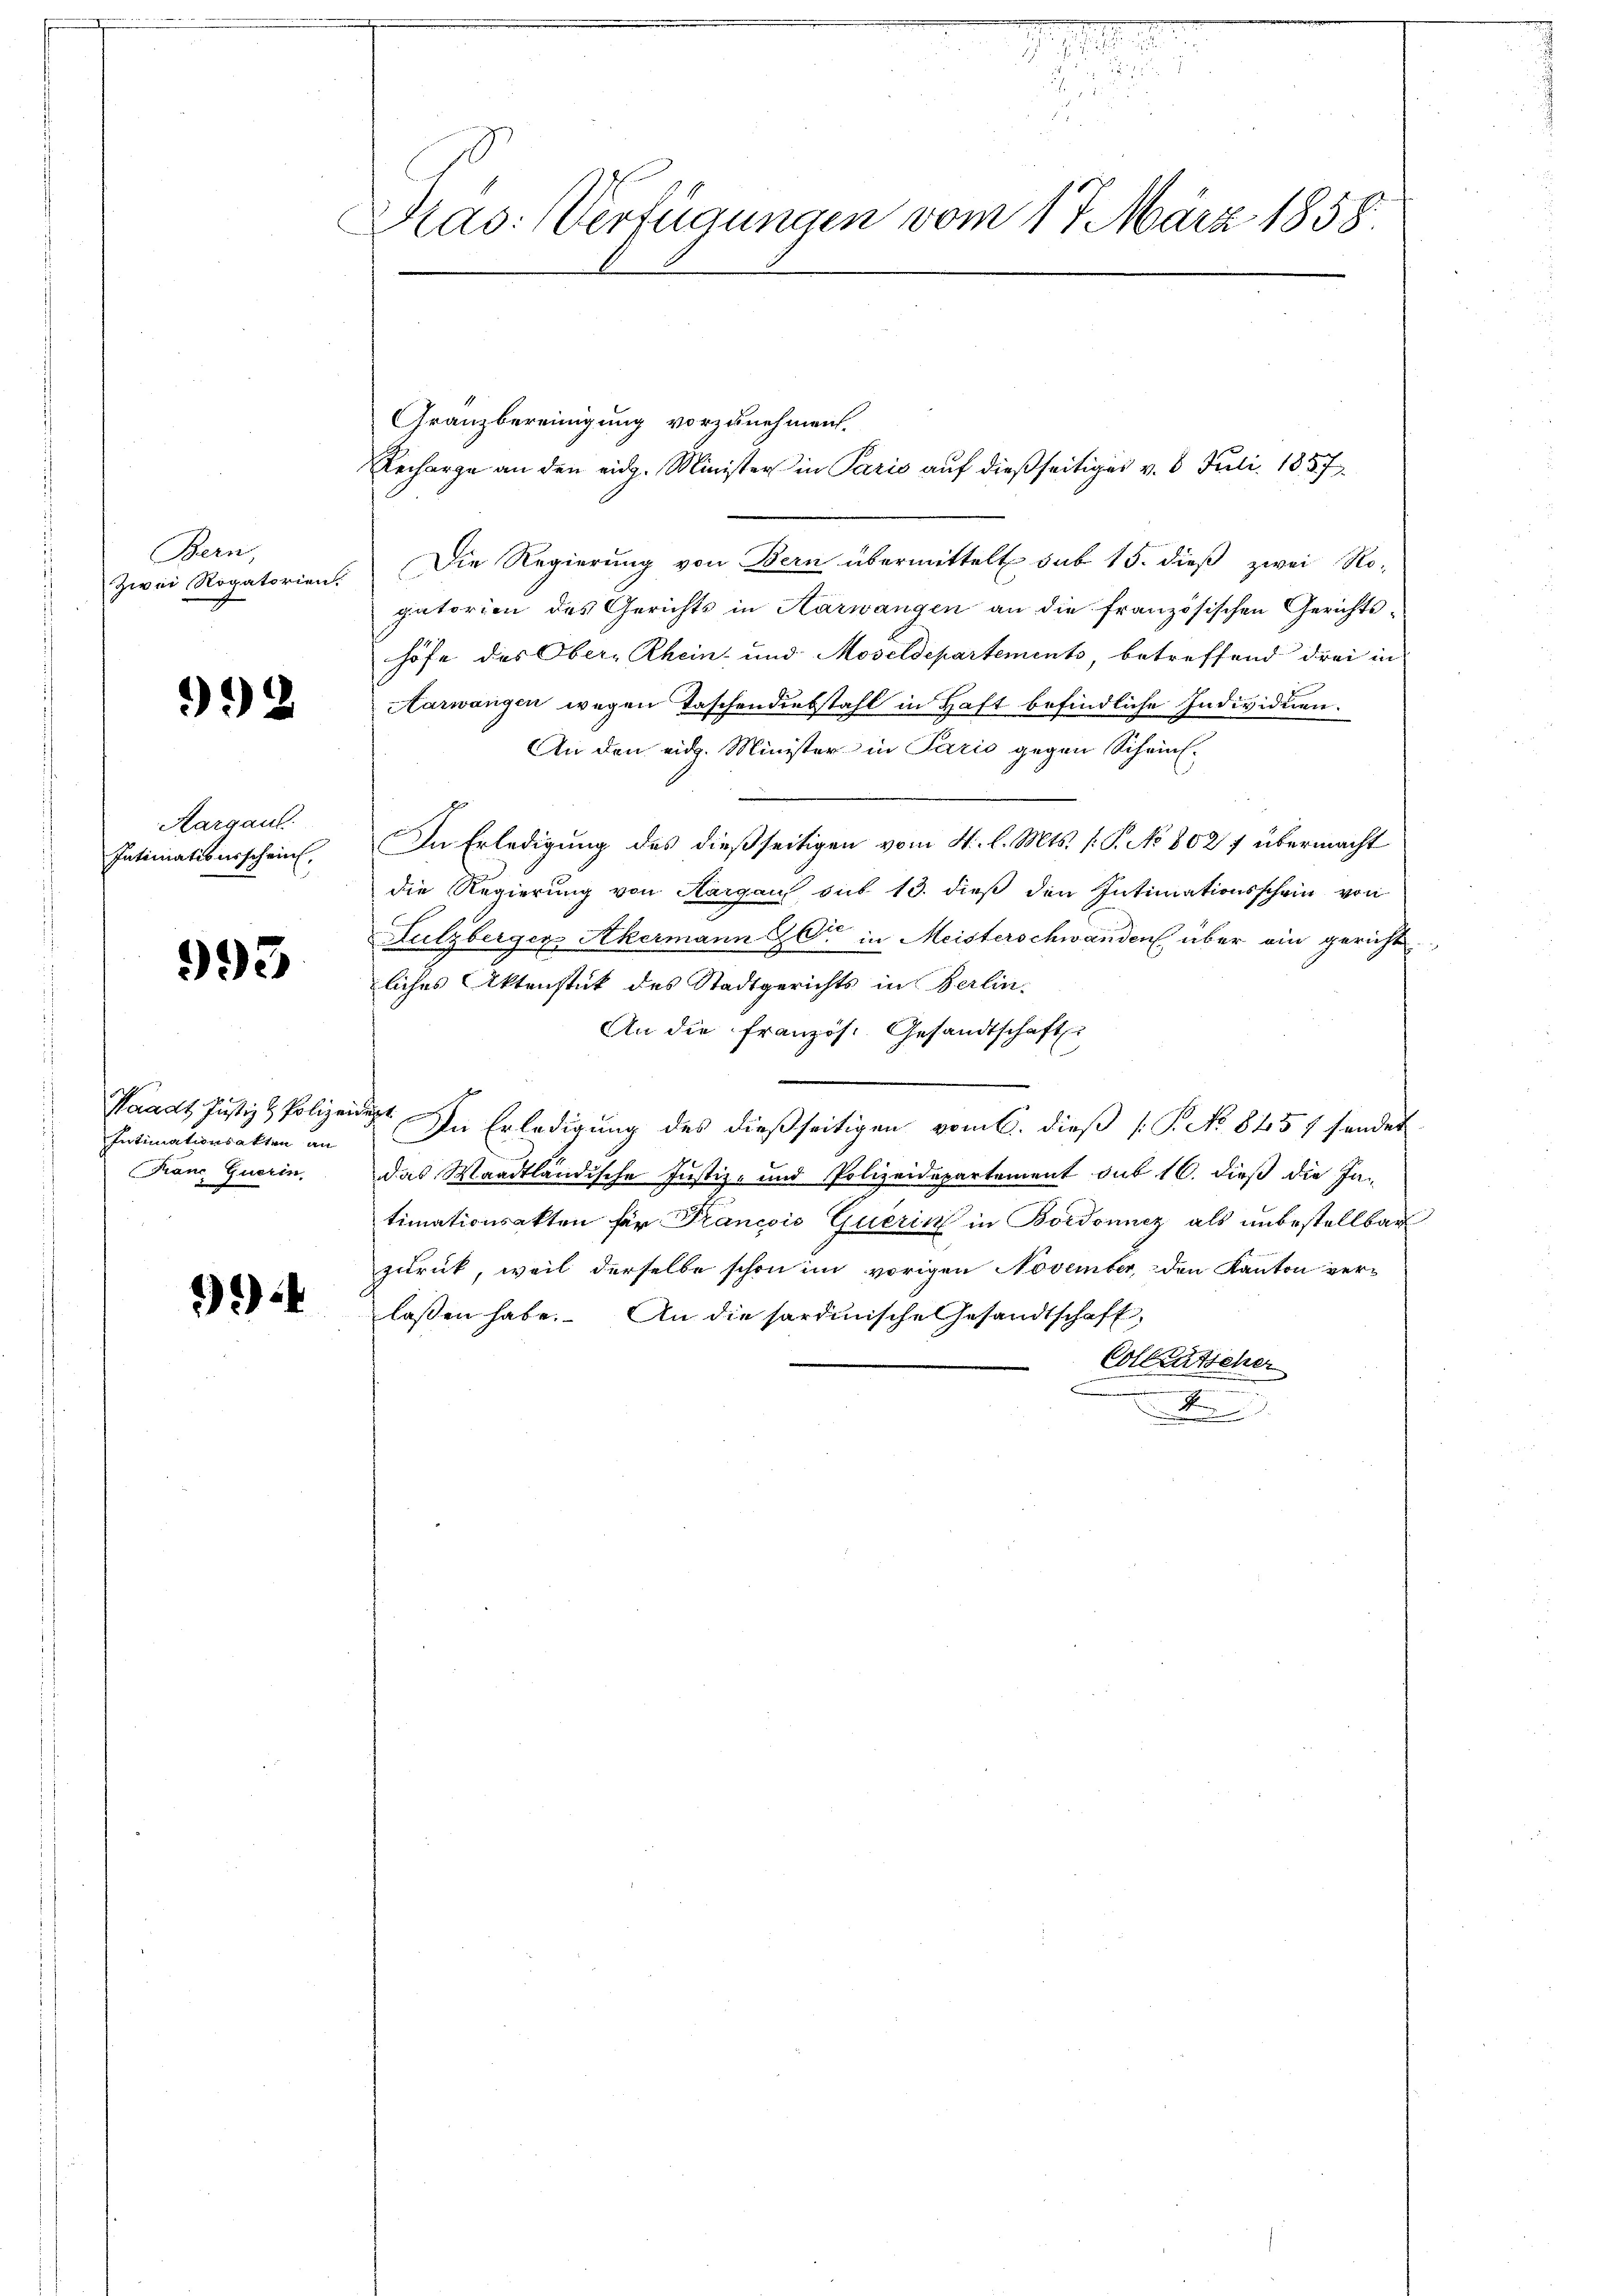
Bern,
Zwei Rogatorien.

92

Aargau.
Intimationsschein,

993

Waadt, Justiz & Polizei
Intimationsakten an
Kanc Guerin,

*)

15
Pras: Verfügungen vom 17. März 1858.

Granzbereinigung vorzunehmen.
Recharge an den eidg. Minister in Paris auf dießseitiges v. 6. Juli 1857
Die Regierung von Bern übermittelt sub 15. dieß zwei Ro-
gatorien des Gerichts in Aarwangen an die französischen Gerichts-
höfe des Ober-Rhein- und Moseldepartements, betreffend drei in
Aarwangen wegen Taschendiebstahl in Haft befindliche Individuen.
An den eidg. Minister in Pario gegen Scheint.
In Erledigung des dießseitigen vom 4. l. Mts. (: P. No 802 7 übermacht
die Regierung von Aargau bis 13. dieß den Intimationsschein von
Fulzberger Akermann er in Meisterschwanden über ein gericht
liches Aktenstück des Stadtgerichts in Berlin.
An die französ. Gesandtschaft.
t. In Erledigung des dießseitigen vom 6. dieß P. No 8457 sendet
e
das Waadtländische Justiz- und Polizeidepartement sub 16. dieß die Intimationsakten für Francois Querin in Bordonnez als unbestellbar
zurück, weil derselbe schon im vorigen November, den Kanton ver-
lassen habe. An die sordinische Gesandtschaft,
Colleutscher
S